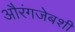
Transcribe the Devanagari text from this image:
औरंगजेबशी